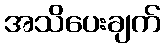
အသိပေးချက်